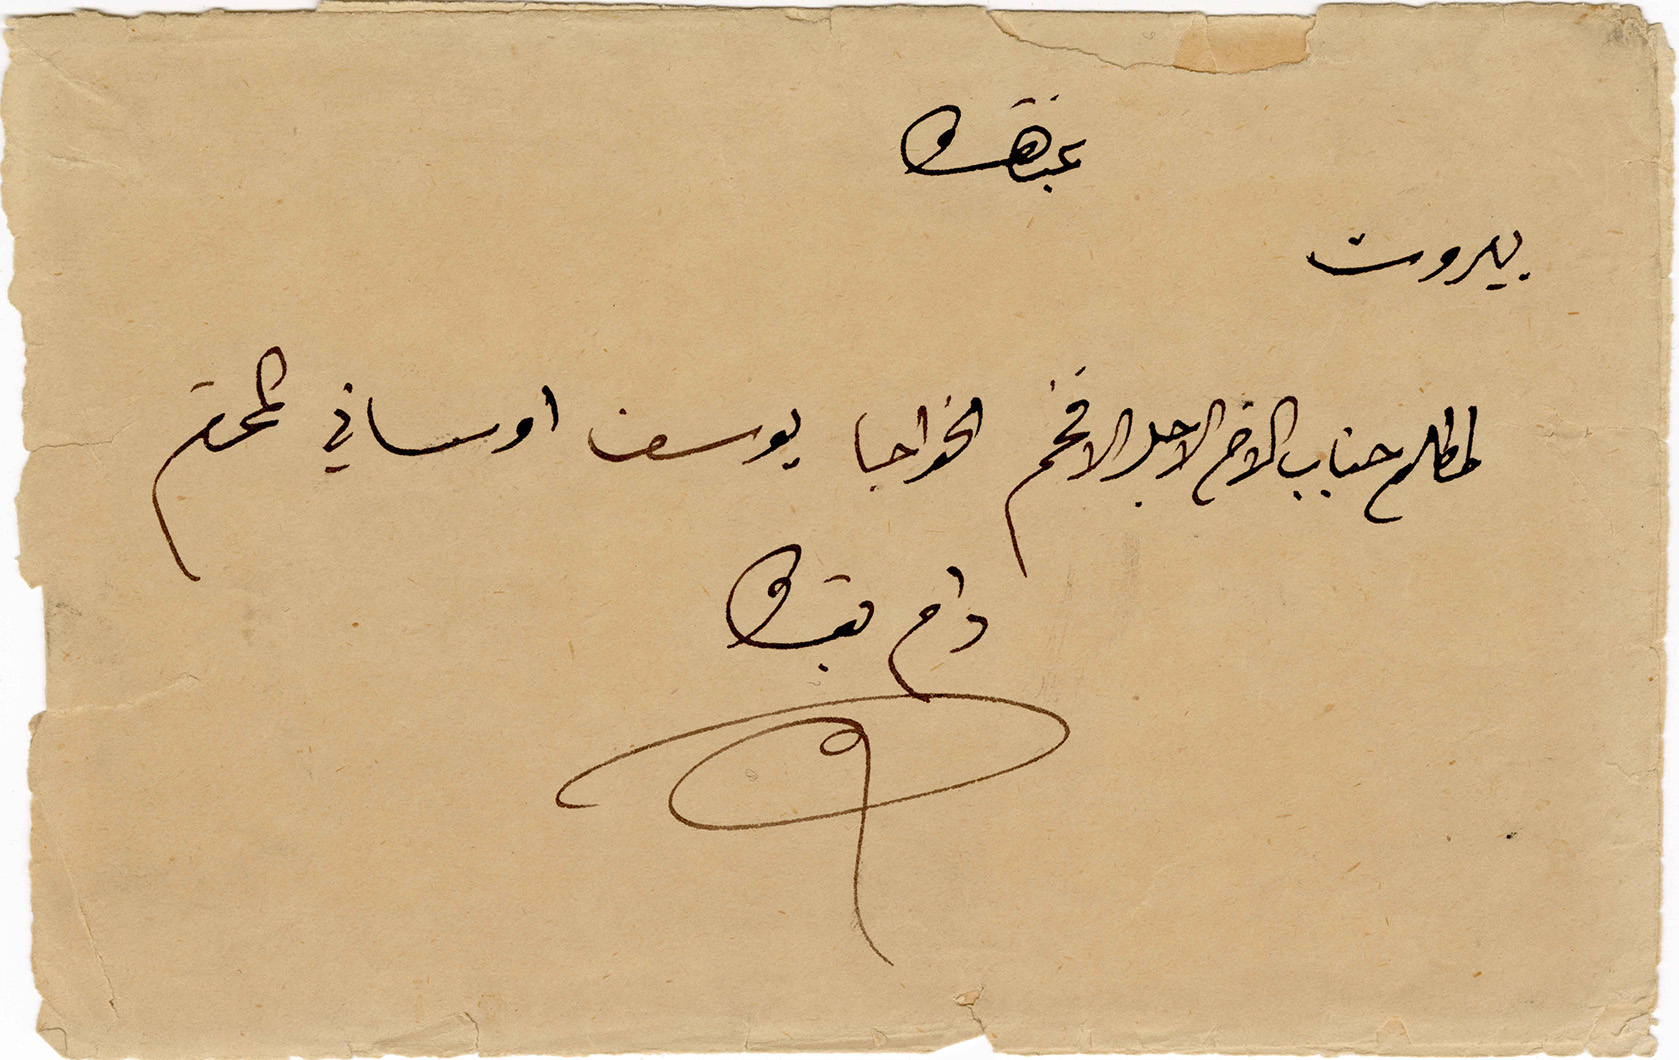
غبتهو
بيروت
مطلع جناب الأخ الاجل الافخم الخواجا يوسف اوساني المحترم
دام بقاوه